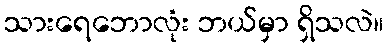
သားရေဘောလုံး ဘယ်မှာ ရှိသလဲ။